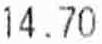
14.70